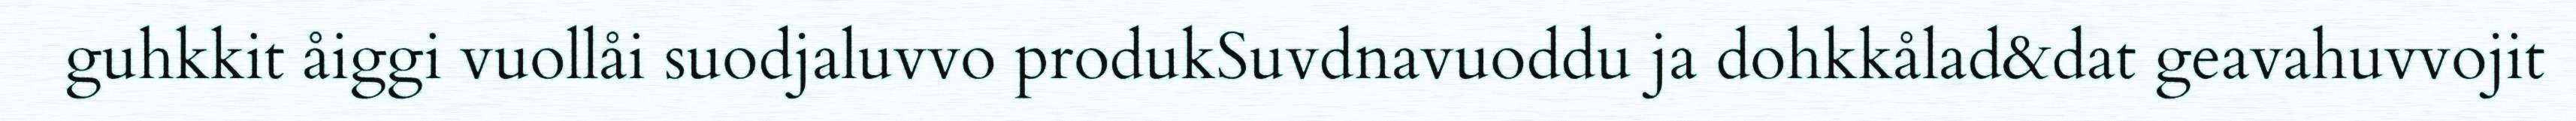
guhkkit åiggi vuollåi suodjaluvvo produkSuvdnavuoddu ja dohkkålad&dat geavahuvvojit